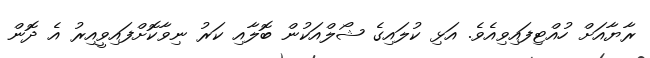
ރާޔާއަށް ހުއްޓިފައިވިއެވެ. އަޅި ކުލައިގެ ޝޯލްއަކުން ބޮލާއި ކަރު ނިވާކޮށްފައިވީއިރު އެ ދޮން